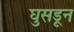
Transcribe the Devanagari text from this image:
घुसडून